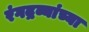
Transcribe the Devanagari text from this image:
रंगद्रव्यांच्या